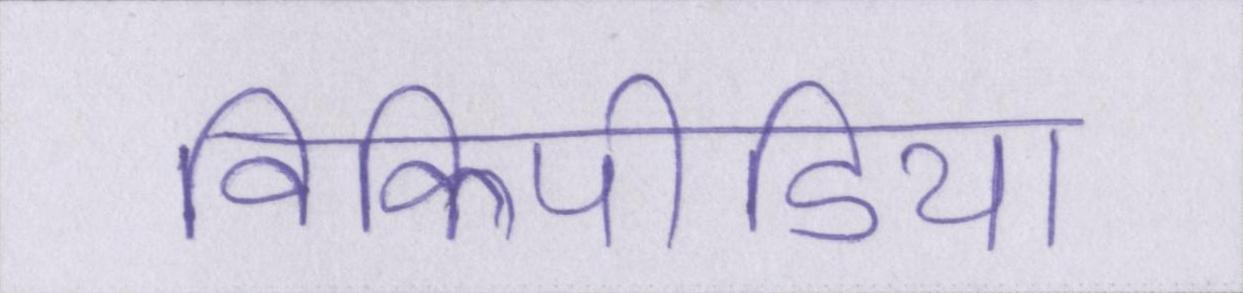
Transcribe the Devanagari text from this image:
विकिपीडिया